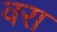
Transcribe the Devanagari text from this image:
वरा